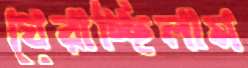
ঘেরাচ্ছিলাম